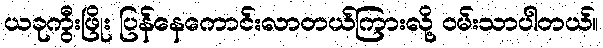
ယခုကွီးဖြိုး ပြန်နေကောင်းလာတယ်ကြားလို့ ဝမ်းသာပါတယ်။